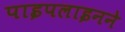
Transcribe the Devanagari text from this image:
पाइपलाइनने